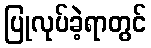
ပြုလုပ်ခဲ့ရာတွင်